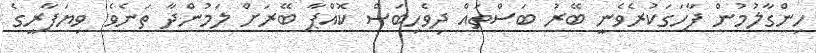
ހިންގާލުމުން ފާހަގަކުރެވެނީ ބޭރު ބަސްތައް ދިވެހިބަސް ކޮއްޕާ ބޭރަށް ލަމުންދާ ތަނެވެ. ވިޔަފާރީގެ